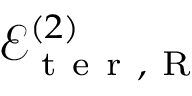
\mathcal { E } _ { \mathrm { ~ t ~ e ~ r ~ } , \mathrm { ~ R ~ } } ^ { ( 2 ) }